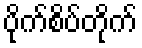
ပိုက်စိပ်တိုက်